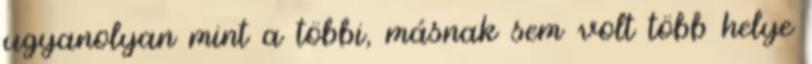
ugyanolyan mint a többi, másnak sem volt több helye